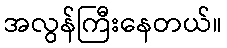
အလွန်ကြီးနေတယ်။